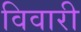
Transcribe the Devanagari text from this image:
विवारी